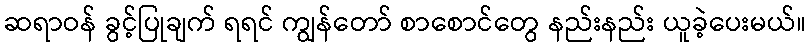
ဆရာဝန် ခွင့်ပြုချက် ရရင် ကျွန်တော် စာစောင်တွေ နည်းနည်း ယူခဲ့ပေးမယ်။